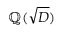
\mathbb { Q } ( { \sqrt { D } } )